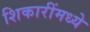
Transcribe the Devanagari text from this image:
शिकारींमध्ये